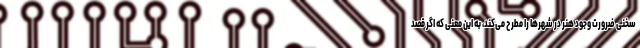
سخنی ضرورت وجود هنر در شهرها را مطرح می‌کند، به این معنی که اگر قصد